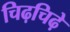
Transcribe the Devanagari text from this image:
चिढ़चिढ़े